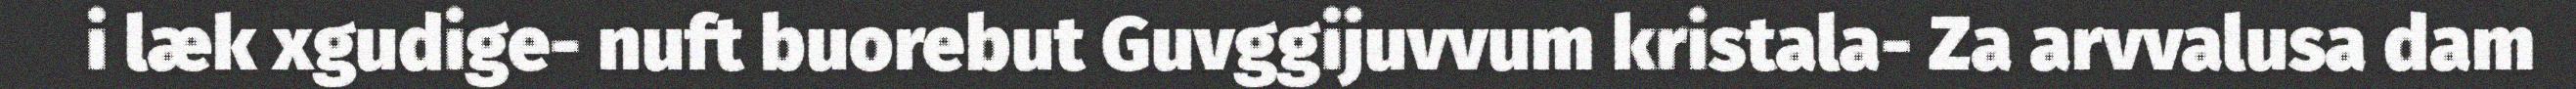
i læk xgudige- nuft buorebut Guvggijuvvum kristala- Za arvvalusa dam